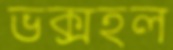
ভক্সহল